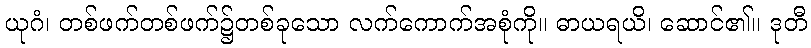
ယုဂံ၊ တစ်ဖက်တစ်ဖက်၌တစ်ခုသော လက်ကောက်အစုံကို။ ဓာယရယိ၊ ဆောင်၏။ ဒုတီ